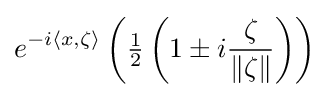
e^{-i\langle x,\zeta \rangle }\left({\tfrac {1}{2}}\left(1\pm i{\frac {\zeta }{\|\zeta \|}}\right)\right)